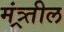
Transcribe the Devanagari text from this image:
मंत्र्र्तील